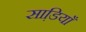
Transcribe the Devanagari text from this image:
साडि़याँ